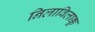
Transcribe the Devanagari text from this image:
निलाविलाक्कू